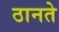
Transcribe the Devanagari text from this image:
ठानते